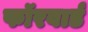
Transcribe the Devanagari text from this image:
फॉरवार्ड